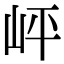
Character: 岼